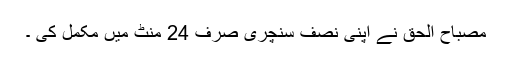
مصباح الحق نے اپنی نصف سنچری صرف 24 منٹ میں مکمل کی ۔